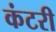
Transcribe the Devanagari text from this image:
कंटरी